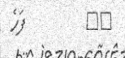
٩٨         ފަހެ